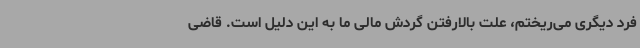
فرد دیگری می‌ریختم، علت بالارفتن گردش مالی ما به این دلیل است. قاضی